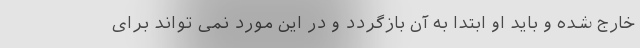
خارج شده و باید او ابتدا به آن بازگردد و در این مورد نمی تواند برای